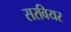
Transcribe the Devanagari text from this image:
सरवियर